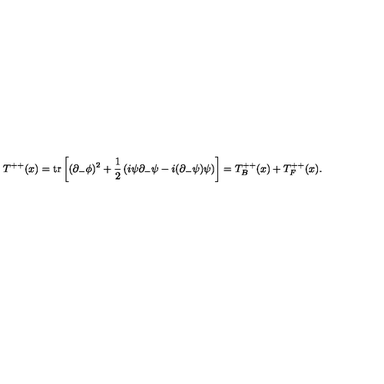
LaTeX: T ^ { + + } ( x ) = \mathrm { t r } \left[ ( \partial _ { - } \phi ) ^ { 2 } + { \frac { 1 } { 2 } } \left( i \psi \partial _ { - } \psi - i ( \partial _ { - } \psi ) \psi \right) \right] = T _ { B } ^ { + + } ( x ) + T _ { F } ^ { + + } ( x ) .